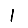
Digit: 1